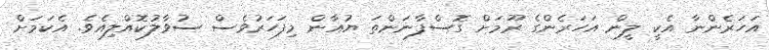
އަހަރެންނާ އެކީ ލީން އަހަރެންގެ ރޫމަށް ގޮސްފާނަންތަ ޔުއާން މިފަހަރުވެސް ސުވާލުކޮއްލިއެވެ. އެކަމަށް